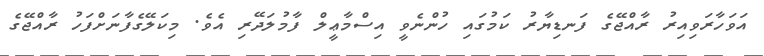
އަވަހާރަވިއިރު ރާއްޖޭގެ ފަނޑިޔާރު ކަމުގައި ހުންނެވީ އިސްމާޢީލް ފާމުލަދޭރި އެވެ. މިކަލޭގެފާނަށްފަހު ރާއްޖޭގެ